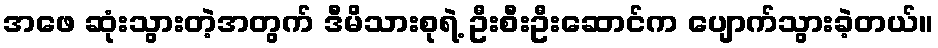
အဖေ ဆုံးသွားတဲ့အတွက် ဒီမိသားစုရဲ့ ဦးစီးဦးဆောင်က ပျောက်သွားခဲ့တယ်။